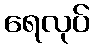
ရေလုပ်